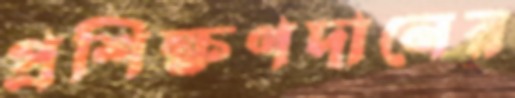
প্রশিক্ষণদানের